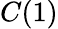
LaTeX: C(1)